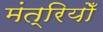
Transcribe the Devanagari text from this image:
मंत्रियोँ